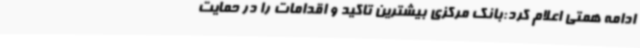
ادامه همتی اعلام کرد:بانک مرکزی بیشترین تاکید و اقدامات را در حمایت